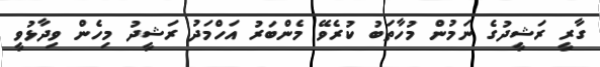
ގާރީ ރަޝީދުގެ ނަމުން މުހާތަބު ކުރެވޭ މެންބަރު އަހްމަދު ރަޝީދު މިހެން ވިދާޅުވީ